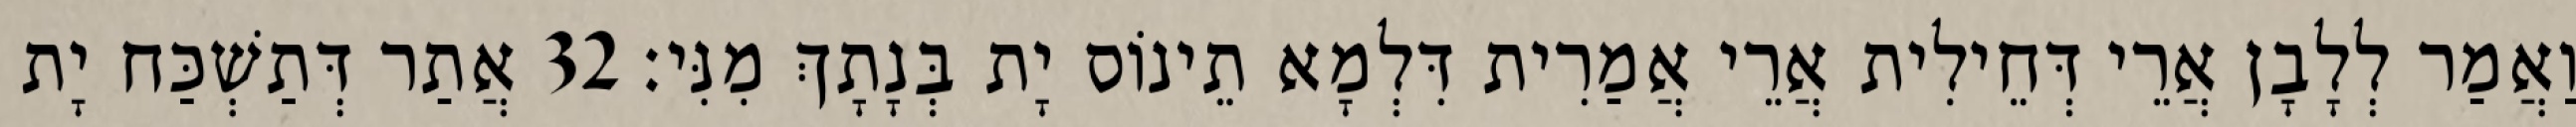
וַאֲמַר לְלָבָן אֲרֵי דְּחֵילִית אֲרֵי אֲמַרִית דִּלְמָא תֵינוֹס יָת בְּנָתָךְ מִנִּי׃ 32 אֲתַר דְּתַשְׁכַּח יָת